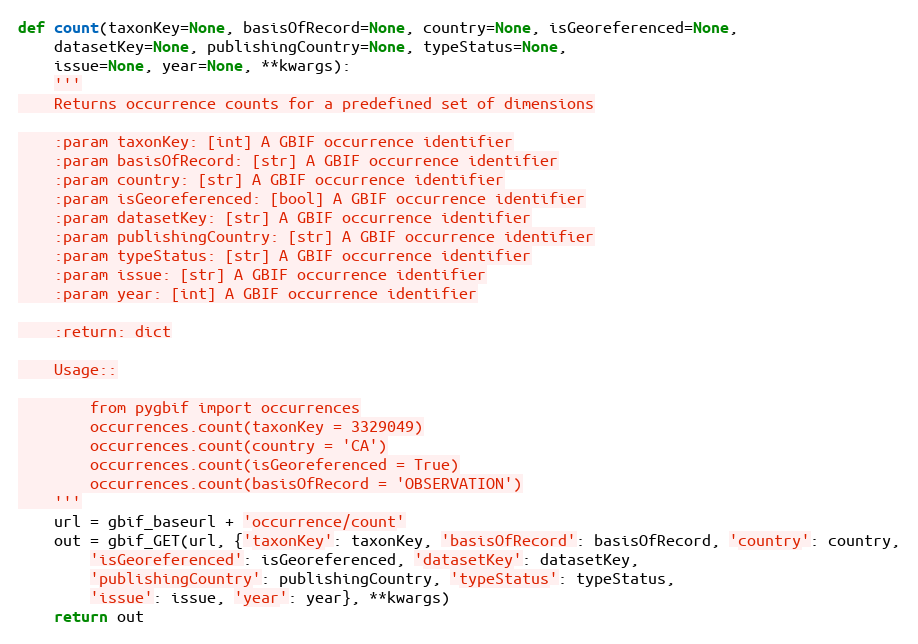
Language: Python
def count(taxonKey=None, basisOfRecord=None, country=None, isGeoreferenced=None,
    datasetKey=None, publishingCountry=None, typeStatus=None,
    issue=None, year=None, **kwargs):
    '''
    Returns occurrence counts for a predefined set of dimensions

    :param taxonKey: [int] A GBIF occurrence identifier
    :param basisOfRecord: [str] A GBIF occurrence identifier
    :param country: [str] A GBIF occurrence identifier
    :param isGeoreferenced: [bool] A GBIF occurrence identifier
    :param datasetKey: [str] A GBIF occurrence identifier
    :param publishingCountry: [str] A GBIF occurrence identifier
    :param typeStatus: [str] A GBIF occurrence identifier
    :param issue: [str] A GBIF occurrence identifier
    :param year: [int] A GBIF occurrence identifier

    :return: dict

    Usage::

        from pygbif import occurrences
        occurrences.count(taxonKey = 3329049)
        occurrences.count(country = 'CA')
        occurrences.count(isGeoreferenced = True)
        occurrences.count(basisOfRecord = 'OBSERVATION')
    '''
    url = gbif_baseurl + 'occurrence/count'
    out = gbif_GET(url, {'taxonKey': taxonKey, 'basisOfRecord': basisOfRecord, 'country': country,
        'isGeoreferenced': isGeoreferenced, 'datasetKey': datasetKey,
        'publishingCountry': publishingCountry, 'typeStatus': typeStatus,
        'issue': issue, 'year': year}, **kwargs)
    return out